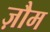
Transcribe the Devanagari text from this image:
ज़ौम